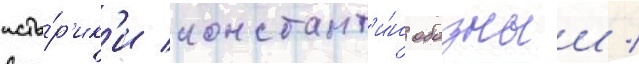
исто́р'ик'и констант'и́н обозныи /